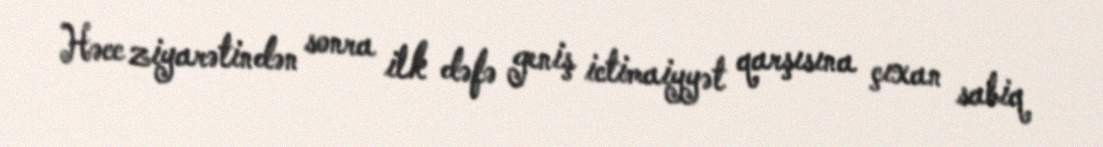
Həcc ziyarətindən sonra ilk dəfə geniş ictimaiyyət qarşısına çıxan sabiq